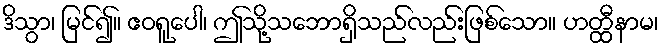
ဒိသွာ၊ မြင်၍။ ဧဝရူပေါ၊ ဤသို့သဘောရှိသည်လည်းဖြစ်သော။ ဟတ္ထီနာမ၊